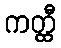
ကတ္ထီ